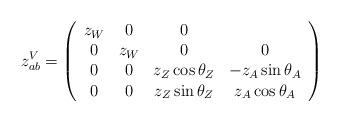
\begin{align*}z^V_{ a b} = \left(\begin{array}{cccc} z_W& 0& 0 \\ 0 & z_W & 0& 0\\ 0 & 0 & z_Z \cos \theta_Z & - z_A \sin \theta_A \\ 0 & 0 & z_Z \sin \theta_Z & z_A \cos \theta_A \end{array}\right)\end{align*}